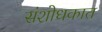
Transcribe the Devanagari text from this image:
संशोधकात